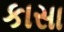
કાસા